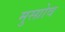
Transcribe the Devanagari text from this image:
मुस्ग्रोव